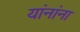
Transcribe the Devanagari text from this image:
यांनांना